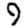
Digit: 9